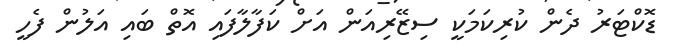
ޑޮކްޓަރު ދެން ކުރިކަމަކީ ސިޒޭރިއަން އަށް ކަފާލާފައި އޮތް ބައި އަލުން ފެހީ